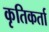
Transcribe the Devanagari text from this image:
कृतिकर्ता